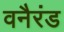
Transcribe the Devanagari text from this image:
वनैरंड